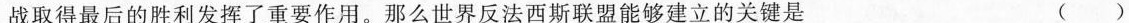
战取得最后的胜利发挥了重要作用。那么世界反法西斯联盟能够建立的关键是 ( )